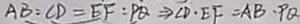
A B : C D = E F : P Q \Rightarrow C D \cdot E F = A B \cdot P Q